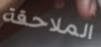
الملاحقة